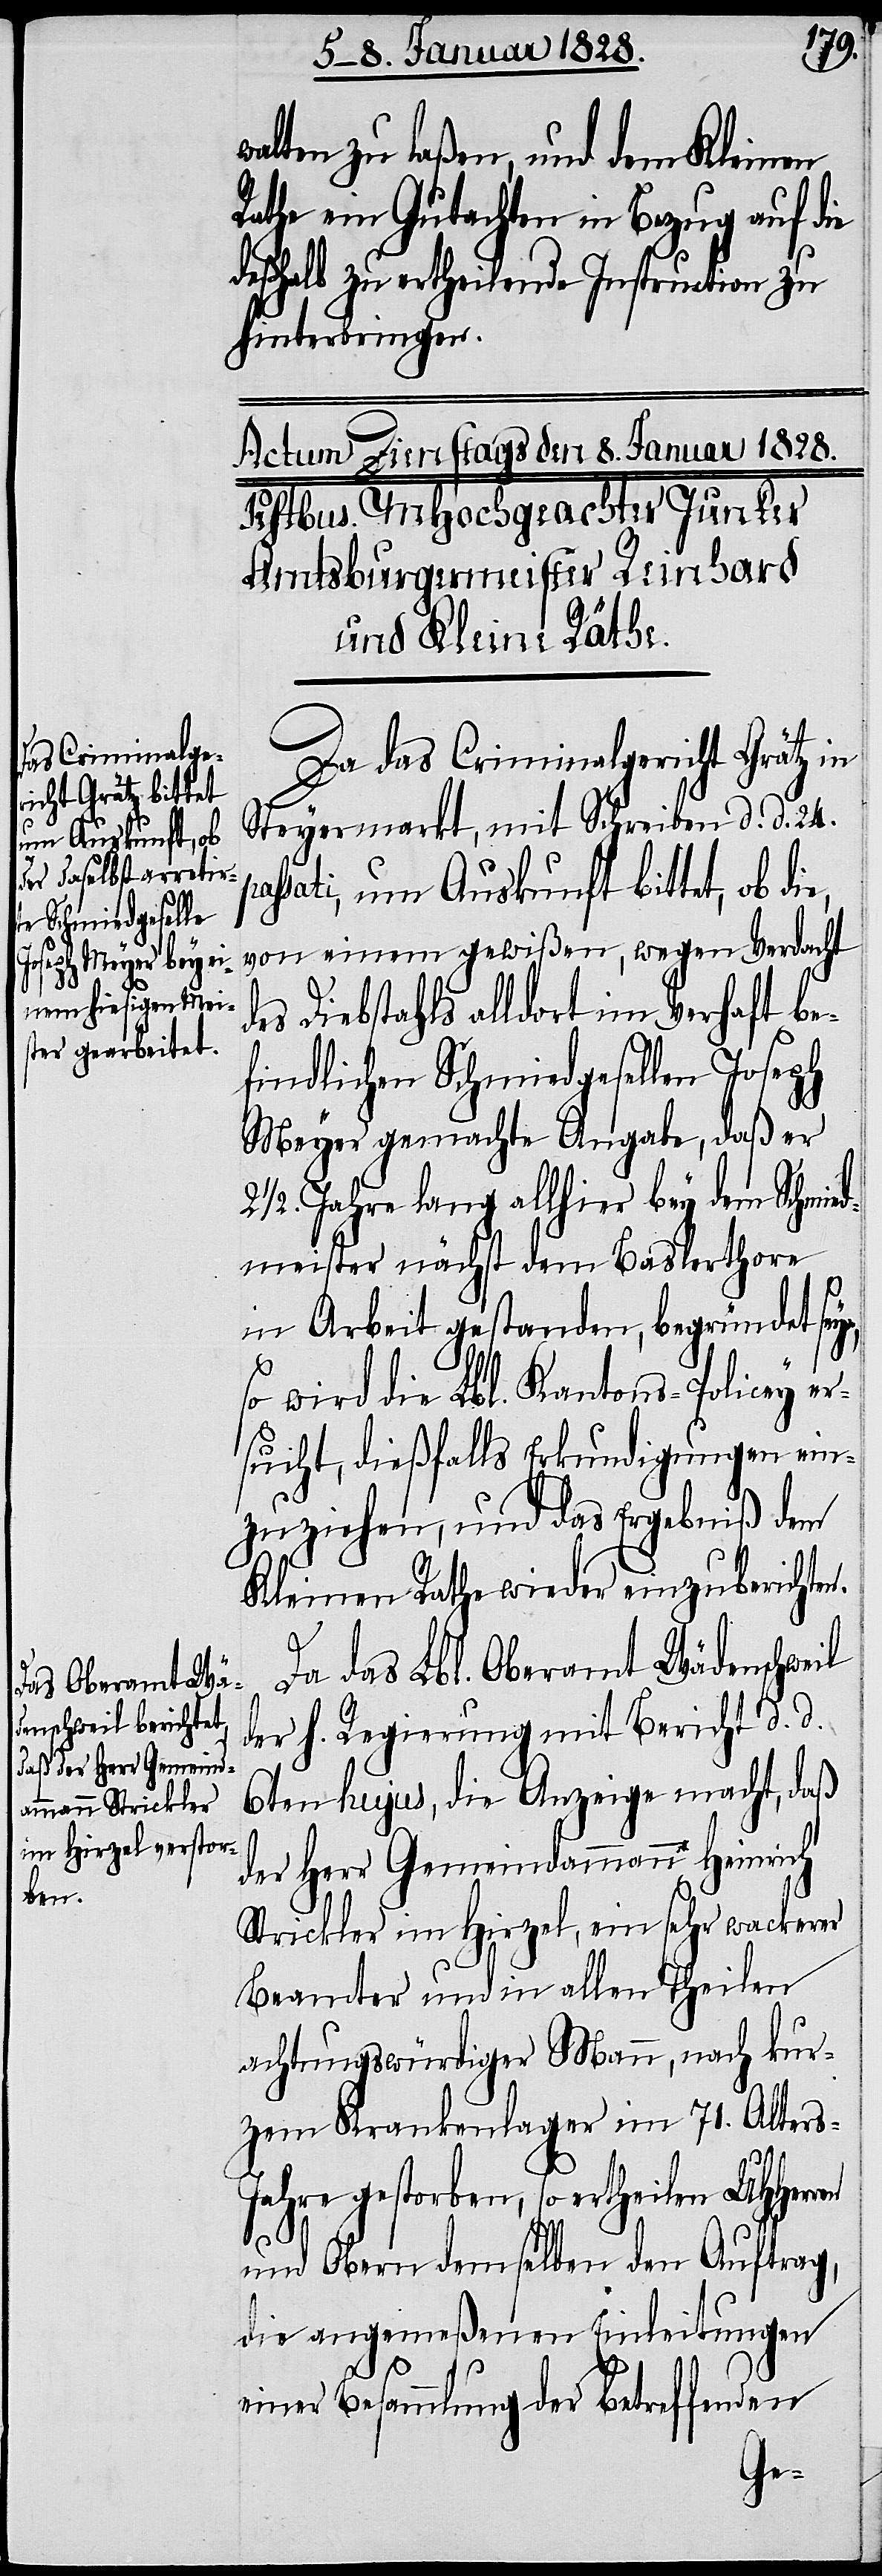
walten zu laßen, und dem Kleinen
Rathe ein Gutachten in Bezug auf die
deßhalb zu ertheilende Instruction zu
hinterbringen.
Da das Criminalgericht Grätz in
Steyermarkt, mit Schreiben d. d. 24.
passati, um Auskunft bittet, ob die,
von einem gewißen, wegen Verdacht
des Diebstahls alldort im Verhaft be¬
findlichen Schmiedgesellen Joseph
Meyer gemachte Angabe, daß er
21/2. Jahre lang allhier bey dem Schmie¬
dmeister nächst dem Baslerthorr
in Arbeit gestanden, begründet sey¬
so wird die Lbl. Kantons-Policey er¬
sucht, dießfalls Erkundigungen ein¬
zuziehen, und das Ergebniß dem
Kleinen Rathe wieder einzuberichten.
Da das Lbl. Oberamt Wädenschweil
der h. Regierung mit Bericht d. d.
6ten hujus, die Anzeige macht, daß
der Herr Gemeindammann Heinrich
Strickler im Hirzel, ein sehr wackerer
Beamter und in allen Theilen
achtungswürdiger Mann, nach kur¬
zem Krankenlager im 71. Alters-J¬
ahre gestorben, so ertheilen UHHerr¬
en
und Obern demselben den Auftrag,
die angemeßenen Einleitungen
einer Besammlung der betreffenden